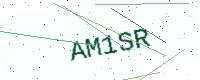
Text: AM1SR